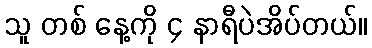
သူ တစ် နေ့ကို ၄ နာရီပဲအိပ်တယ်။